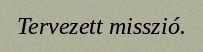
Tervezett misszió.